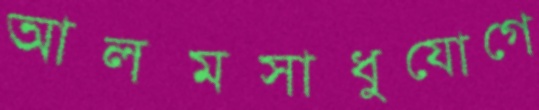
আলমসাধুযোগে